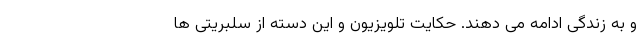
و به زندگی ادامه می دهند. حکایت تلویزیون و این دسته از سلبریتی ها